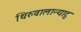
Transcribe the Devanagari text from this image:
थिरुवालान्याटु